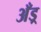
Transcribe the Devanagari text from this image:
अँड्र्